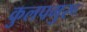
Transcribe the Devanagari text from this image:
कुलपगुरू